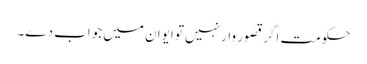
حکومت اگر قصور وار نہیں تو ایوان میں جواب دے۔